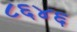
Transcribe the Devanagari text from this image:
८६४६